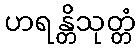
ဟရန္တိသုတ္တံ